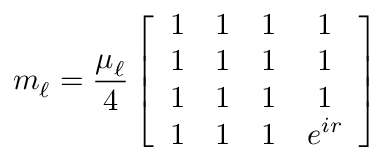
m _ { { \ell } } = \frac { \mu _ { { \ell } } } 4 \left[ \begin{array} { c c c c } { { 1 } } & { { 1 } } & { { 1 } } & { { 1 } } \\ { { 1 } } & { { 1 } } & { { 1 } } & { { 1 } } \\ { { 1 } } & { { 1 } } & { { 1 } } & { { 1 } } \\ { { 1 } } & { { 1 } } & { { 1 } } & { { e ^ { i r } } } \end{array} \right] \quad